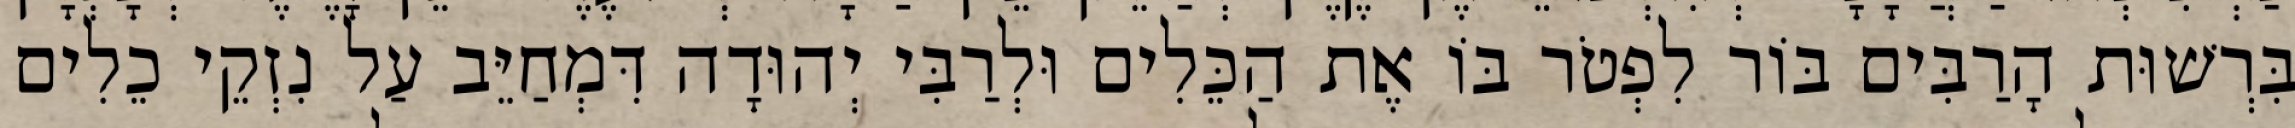
בִּרְשׁוּת הָרַבִּים בּוֹר לִפְטֹר בּוֹ אֶת הַכֵּלִים וּלְרַבִּי יְהוּדָה דִּמְחַיֵּב עַל נִזְקֵי כֵלִים